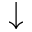
\downarrow